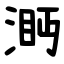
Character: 㴐